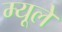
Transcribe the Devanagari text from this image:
म्यूले